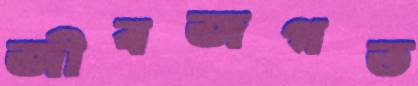
জীবজগত